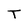
Character: T